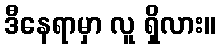
ဒီနေရာမှာ လူ ရှိလား။